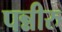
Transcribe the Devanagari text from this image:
पन्नीरु